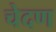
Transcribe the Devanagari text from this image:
चेदण